Scottish Leaving Certificate Examination, 1960
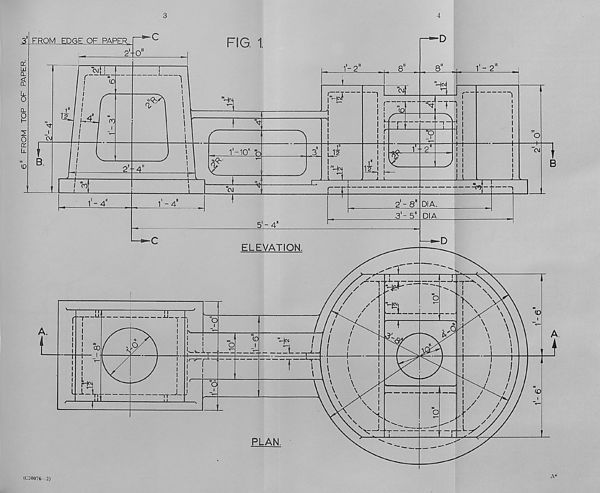
FROM TOP OF PAPER.
3
4
(C30076—2)
A*